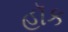
હૉક